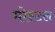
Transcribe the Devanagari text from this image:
मोस्टल